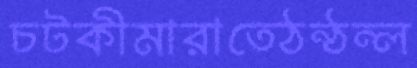
চটকীমারাতেঠন্‌ঠন্‌ল